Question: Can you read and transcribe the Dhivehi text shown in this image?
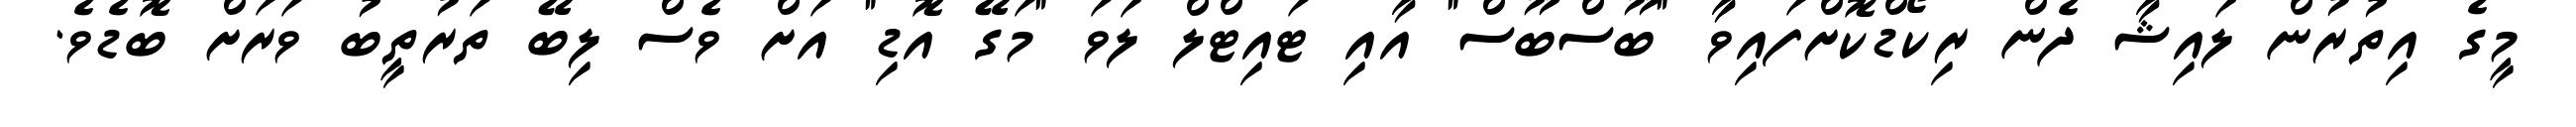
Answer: މީގެ އިތުރުން ލައިޝާ ދެން ރިކޯޑްކޮށްފައިވާ "ބޫސްބޫސް" އާއި ޓައިޓްލް ލަވަ "މަގޭ އޮޑި" އަށް ވެސް ލިބޭ ތަރުތީބު ވަރަށް ބޮޑެވެ.